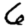
Digit: 6